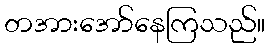
တအားအော်နေကြသည်။